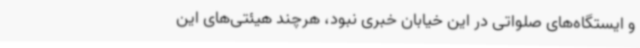
و ایستگاه‌های صلواتی در این خیابان خبری نبود، هرچند هیئتی‌های این